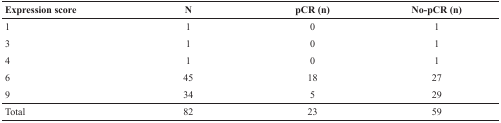
| Expression score | N | pCR (n) | No-pCR (n) |
 | --- | --- | --- | --- |
 | 1 | 1 | 0 | 1 |
 | 3 | 1 | 0 | 1 |
 | 4 | 1 | 0 | 1 |
 | 6 | 45 | 18 | 27 |
 | 9 | 34 | 5 | 29 |
 | Total | 82 | 23 | 59 |